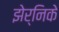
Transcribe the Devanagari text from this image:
झेर्निके